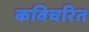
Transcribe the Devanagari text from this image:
कविचरित